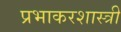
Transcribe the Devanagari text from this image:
प्रभाकरशास्त्री